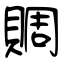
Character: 賙